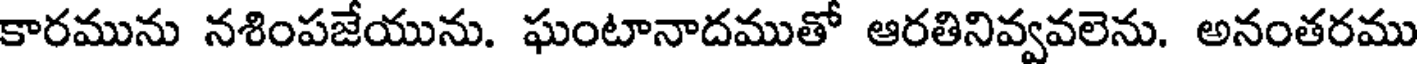
కారమును నశింపజేయును. ఘంటానాదముతో ఆరతినివ్వవలెను. అనంతరము